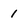
Character: 1